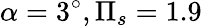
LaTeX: \alpha=3^{\circ},\Pi_{s}=1.9